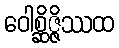
ဝေါစ္ဆိဇ္ဇိဿထ